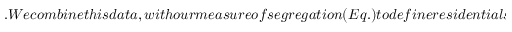
. W e c o m b i n e t h i s d a t a , w i t h o u r m e a s u r e o f s e g r e g a t i o n ( E q . ) t o d e f i n e r e s i d e n t i a l s e g r e g a t i o n f o r a c e n s u s b l o c k g r o u p ,